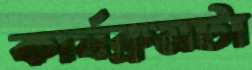
কার্যক্রমটা